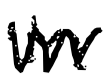
Text: in
Cross-out: mix
Writing tool: digital_black